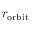
r _ { \mathrm { o r b i t } }